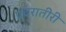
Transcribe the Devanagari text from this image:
प्रवरातीरी